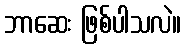
ဘာဆေး ဖြစ်ပါသလဲ။